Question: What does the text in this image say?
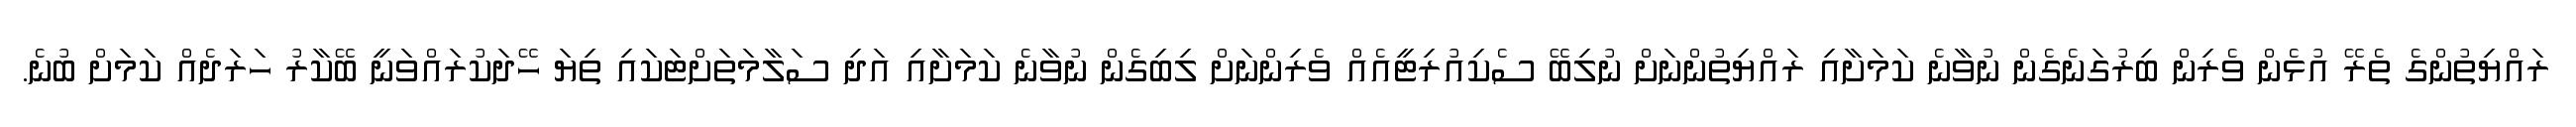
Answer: ރައްޔިތުންގެ ތެރޭ އުޅެން ވެރިން ބިރުގަނެގެން ނުވާނެ ކަމަށާއި ރައްޔިތުންނަށް ނުލިބޭ ސެކިއުރިޓީއެއް ވެރިންނަށް ލިބިގެން ނުވާނެ ކަމަށާއި އަދި ސަލާމަތަށްޓަކައި ތިޔަ ހޭދަކުރައްވަނީ ބޭކާރު ހަރަދެއް ކަމަށް ބުނެ.